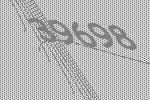
39698